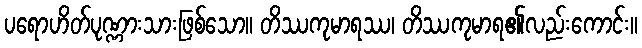
ပရောဟိတ်ပုဏ္ဏားသားဖြစ်သော။ တိဿကုမာရဿ၊ တိဿကုမာရ၏လည်းကောင်း။